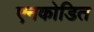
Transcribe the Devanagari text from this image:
एनकोडित